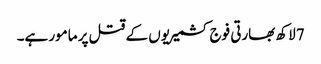
7 لاکھ بھارتی فوج کشمیریوں کے قتل پر مامور ہے۔